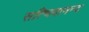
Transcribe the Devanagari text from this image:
सत्चिदानन्द